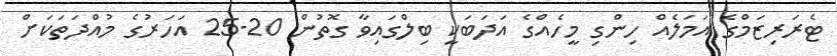
ޓެރަރިޒަމްގެ އަމަލެއް ހިންގި މީހެއްގެ އަދަބަކީ ބިލްގައިވާ ގޮތުން 20-25 އަހަރުގެ މުއްދަތަކަށް